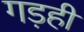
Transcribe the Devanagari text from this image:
गड़ही